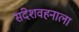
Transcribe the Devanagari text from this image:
संदेशवहनाला